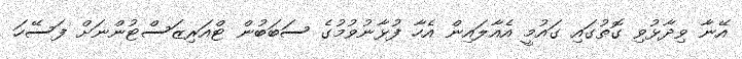
އޭނާ ވިދާޅުވި ގޮތުގައި ގައުމީ އެއާލައިން އެހާ ފުޅާނުވުމުގެ ސަބަބުން ޓްއަރިޒަސްޓުންނަށް ފަސޭހަ